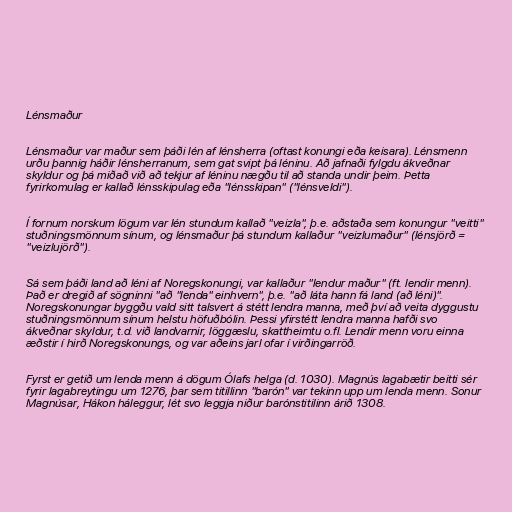
Lénsmaður

Lénsmaður var maður sem þáði lén af lénsherra (oftast konungi eða keisara). Lénsmenn
urðu þannig háðir lénsherranum, sem gat svipt þá léninu. Að jafnaði fylgdu ákveðnar
skyldur og þá miðað við að tekjur af léninu nægðu til að standa undir þeim. Þetta
fyrirkomulag er kallað lénsskipulag eða "lénsskipan" ("lénsveldi").

Í fornum norskum lögum var lén stundum kallað "veizla", þ.e. aðstaða sem konungur "veitti"
stuðningsmönnum sínum, og lénsmaður þá stundum kallaður "veizlumaður" (lénsjörð =
"veizlujörð").

Sá sem þáði land að léni af Noregskonungi, var kallaður "lendur maður" (ft. lendir menn).
Það er dregið af sögninni "að "lenda" einhvern", þ.e. "að láta hann fá land (að léni)".
Noregskonungar byggðu vald sitt talsvert á stétt lendra manna, með því að veita dyggustu
stuðningsmönnum sínum helstu höfuðbólin. Þessi yfirstétt lendra manna hafði svo
ákveðnar skyldur, t.d. við landvarnir, löggæslu, skattheimtu o.fl. Lendir menn voru einna
æðstir í hirð Noregskonungs, og var aðeins jarl ofar í virðingarröð.

Fyrst er getið um lenda menn á dögum Ólafs helga (d. 1030). Magnús lagabætir beitti sér
fyrir lagabreytingu um 1276, þar sem titillinn "barón" var tekinn upp um lenda menn. Sonur
Magnúsar, Hákon háleggur, lét svo leggja niður barónstitilinn árið 1308.